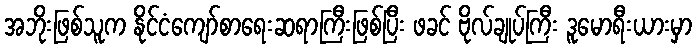
အဘိုးဖြစ်သူက နိုင်ငံကျော်စာရေးဆရာကြီးဖြစ်ပြီး ဖခင် ဗိုလ်ချုပ်ကြီး ဒူမောရီးယားမှာ